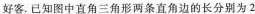
好客。已知图中直角三角形两条直角边的长分别为2